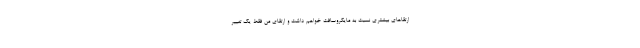
ارتقاهای بیشتری نسبت به مایکروسافت خواهم داشت و ارتقای من فقط یک تغییر